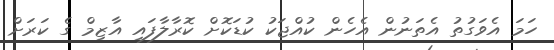
ހަމަ އެވަގުތު އެތަނުން އެހެން ކުއްޖަކު ކުޑަކޮށް ކޮރާލާފައި އާޒިމް ގެ ކަރަށް